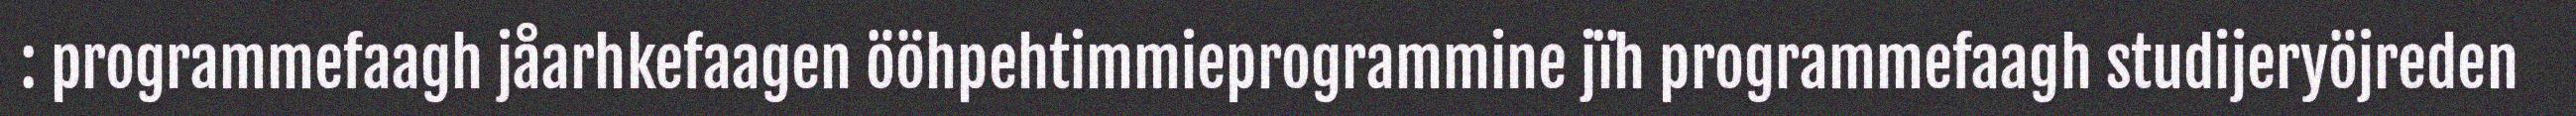
: programmefaagh jåarhkefaagen ööhpehtimmieprogrammine jïh programmefaagh studijeryöjreden